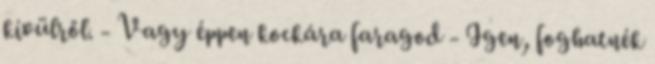
kívülről. - Vagy éppen kockára faragod - Igen, foghatnék